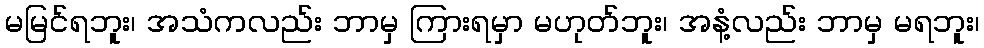
မမြင်ရဘူး၊ အသံကလည်း ဘာမှ ကြားရမှာ မဟုတ်ဘူး၊ အနံ့လည်း ဘာမှ မရဘူး၊